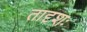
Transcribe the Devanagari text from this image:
तादृशः